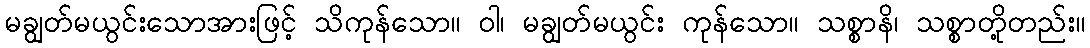
မချွတ်မယွင်းသောအားဖြင့် သိကုန်သော။ ဝါ၊ မချွတ်မယွင်း ကုန်သော။ သစ္စာနိ၊ သစ္စာတို့တည်း။